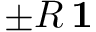
\pm R \, \mathbf { 1 }